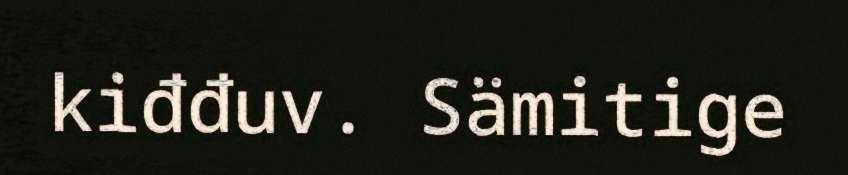
kiđđuv. Sämitige